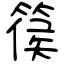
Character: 篌